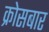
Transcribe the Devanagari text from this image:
क्रोसबार